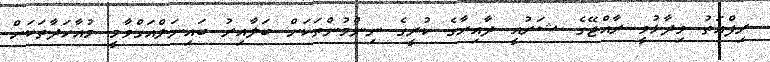
ރިފްއަތު ވިދާޅުވީ ރާއްޖޭގެ ޝަރުއީ ދާއިރާގެ ކުރީގެ ނިންމުންތަކަށް ބަލާއިރު ބައިނަލްއަގްވާމީ މުއާހަދާތަކަށް